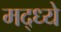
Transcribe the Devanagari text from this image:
मद्ध्ये